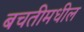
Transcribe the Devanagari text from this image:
बचतीमधील